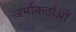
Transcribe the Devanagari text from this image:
जर्माकर्ताओं